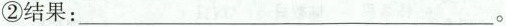
②结果：___。